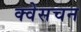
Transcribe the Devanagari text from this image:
क्वेसचन